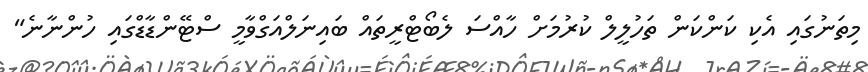
މިތަނުގައި އެކި ކަންކަން ތަހުލީލް ކުރުމަށް ހާއްސަ ލެބޯޓްރީތައް ބައިނަލްއަގްވާމީ ސްޓޭންޑާޑްގައި ހުންނާނެ"